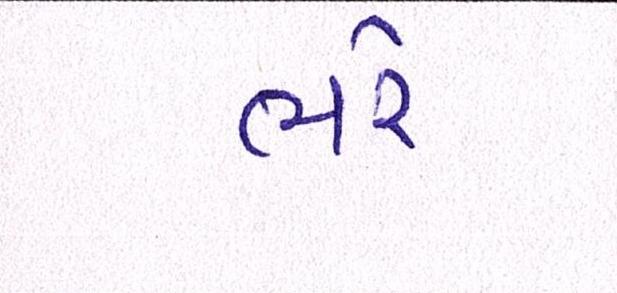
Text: ભરે